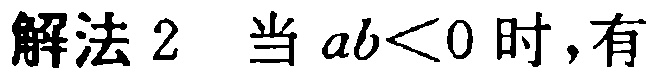
解法 2 当 \(ab<0\) 时，有